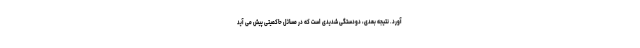
آورد. نتیجه بعدی، دودستگی شدیدی است که در مسائل حاکمیتی پیش می آید